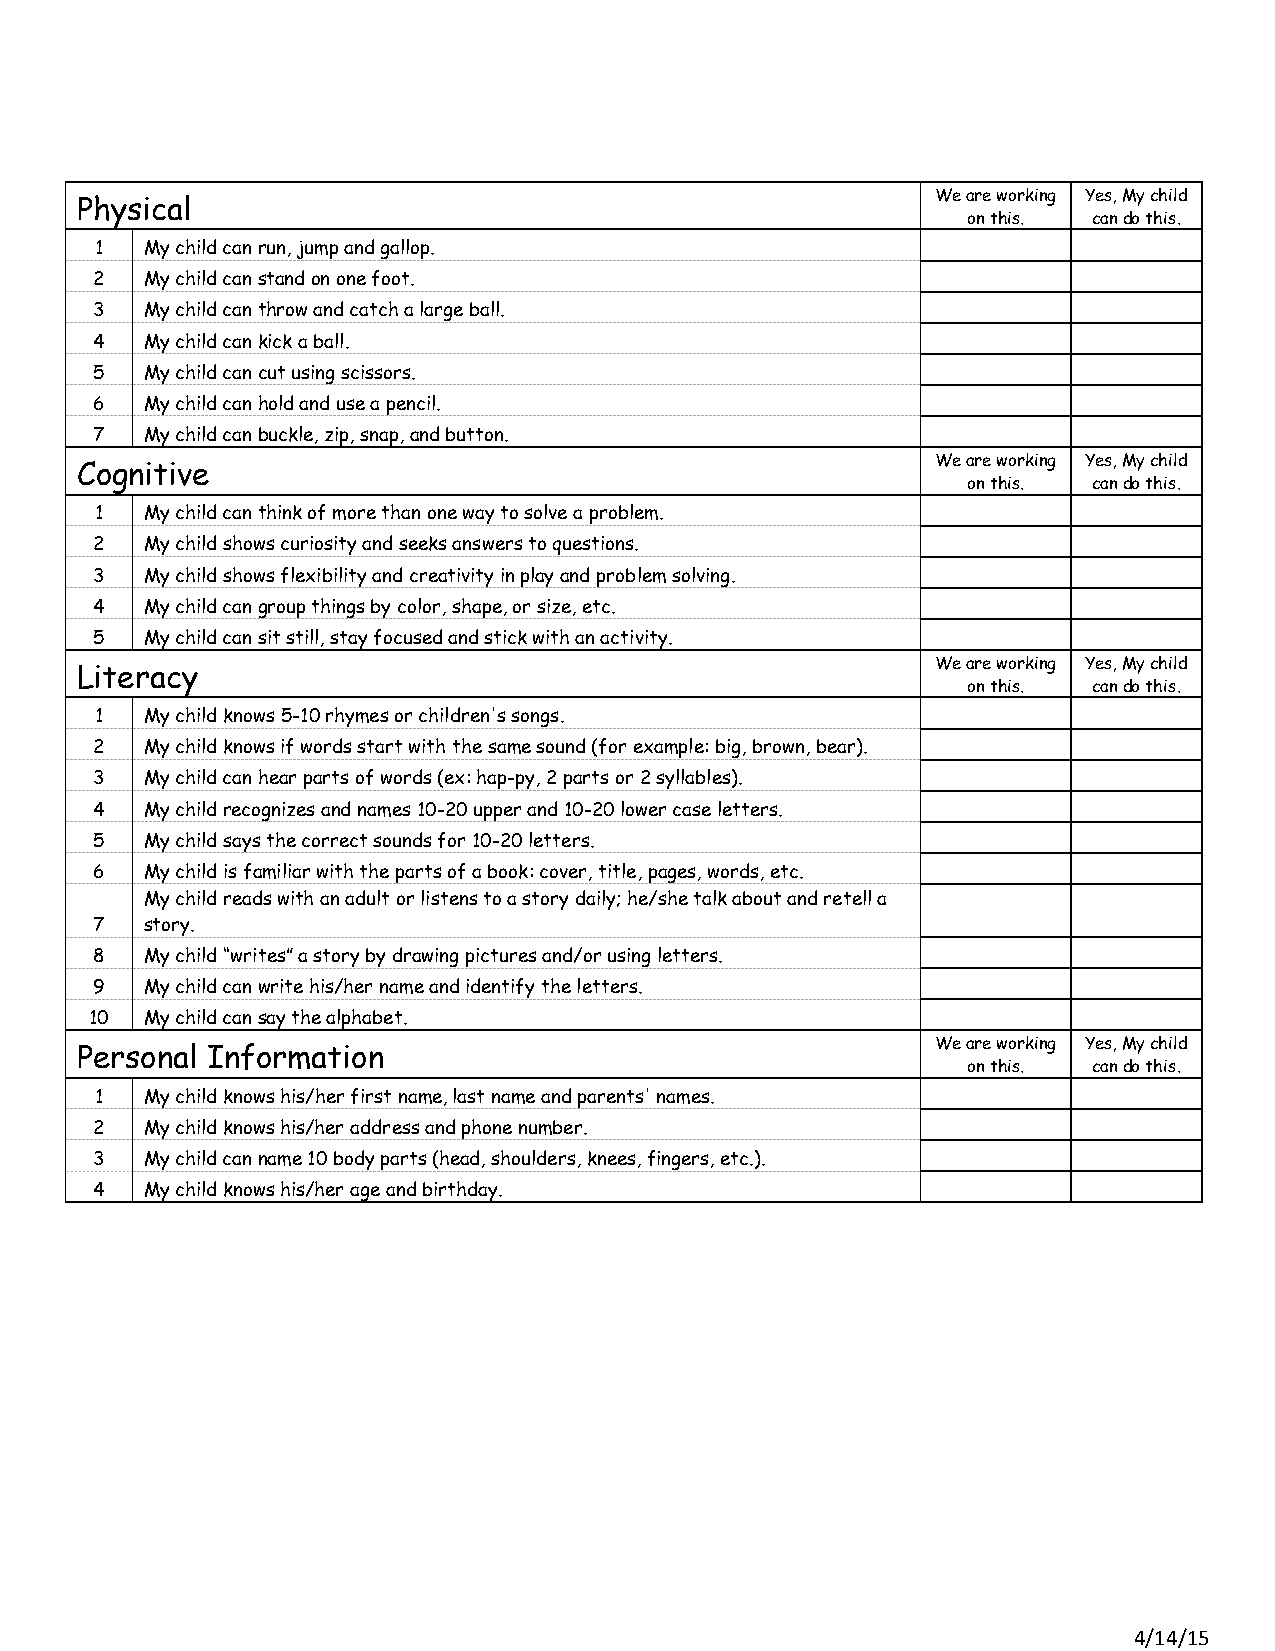
We are working Yes, My child
 Physical
 on this. can do this.
 1   My child can run, jump and gallop.
 2   My child can stand on one foot.
 3   My child can throw and catch a large ball.
 4   My child can kick a ball.
 5   My child can cut using scissors.
 6   My child can hold and use a pencil.
 7   My child can buckle, zip, snap, and button.
 We are working Yes, My child
 Cognitive
 on this. can do this.
 1   My child can think of more than one way to solve a problem.
 2   My child shows curiosity and seeks answers to questions.
 3   My child shows flexibility and creativity in play and problem solving.
 4   My child can group things by color, shape, or size, etc.
 5   My child can sit still, stay focused and stick with an activity.
 We are working Yes, My child
 Literacy
 on this. can do this.
 1   My child knows 5-10 rhymes or children's songs.
 2   My child knows if words start with the same sound (for example: big, brown, bear).
 3   My child can hear parts of words (ex: hap-py, 2 parts or 2 syllables).
 4   My child recognizes and names 10-20 upper and 10-20 lower case letters.
 5   My child says the correct sounds for 10-20 letters.
 6   My child is familiar with the parts of a book: cover, title, pages, words, etc.
 My child reads with an adult or listens to a story daily; he/she talk about and retell a
 7   story.
 8   My child “writes” a story by drawing pictures and/or using letters.
 9   My child can write his/her name and identify the letters.
 10  My child can say the alphabet.
 We are working Yes, My child
 Personal Information
 on this. can do this.
 1   My child knows his/her first name, last name and parents' names.
 2   My child knows his/her address and phone number.
 3   My child can name 10 body parts (head, shoulders, knees, fingers, etc.).
 4   My child knows his/her age and birthday.
 4/14/15